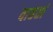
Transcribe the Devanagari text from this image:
वाहतां